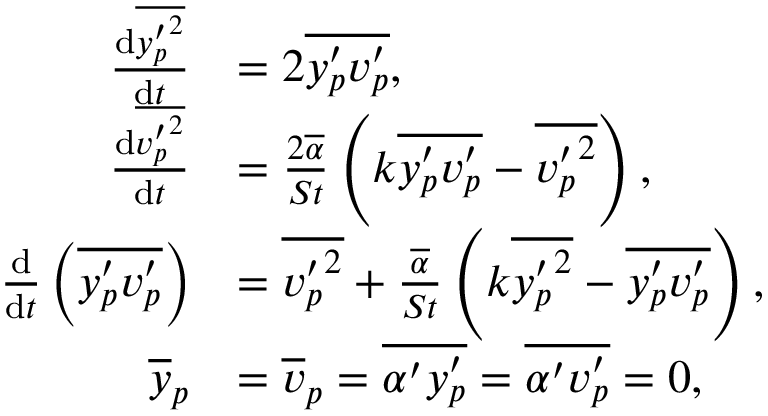
\begin{array} { r l } { \frac { \mathrm { d } \overline { { { y _ { p } ^ { \prime } } ^ { 2 } } } } { \mathrm { d } t } } & { = 2 \overline { { y _ { p } ^ { \prime } v _ { p } ^ { \prime } } } , } \\ { \frac { \mathrm { d } \overline { { { v _ { p } ^ { \prime } } ^ { 2 } } } } { \mathrm { d } t } } & { = \frac { 2 \overline { { \alpha } } } { S t } \left( k \overline { { y _ { p } ^ { \prime } v _ { p } ^ { \prime } } } - \overline { { { v _ { p } ^ { \prime } } ^ { 2 } } } \right) , } \\ { \frac { \mathrm { d } } { \mathrm { d } t } \left( \overline { { y _ { p } ^ { \prime } v _ { p } ^ { \prime } } } \right) } & { = \overline { { { v _ { p } ^ { \prime } } ^ { 2 } } } + \frac { \overline { { \alpha } } } { S t } \left( k \overline { { { y _ { p } ^ { \prime } } ^ { 2 } } } - \overline { { y _ { p } ^ { \prime } v _ { p } ^ { \prime } } } \right) , } \\ { \overline { { y } } _ { p } } & { = \overline { { v } } _ { p } = \overline { { \alpha ^ { \prime } y _ { p } ^ { \prime } } } = \overline { { \alpha ^ { \prime } v _ { p } ^ { \prime } } } = 0 , } \end{array}